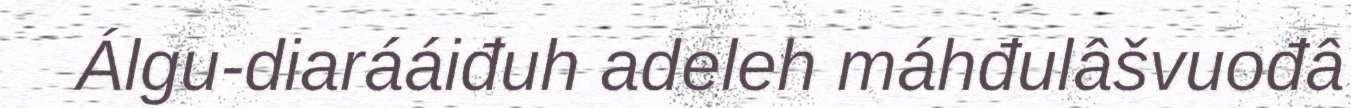
Álgu-diarááiđuh adeleh máhđulâšvuođâ